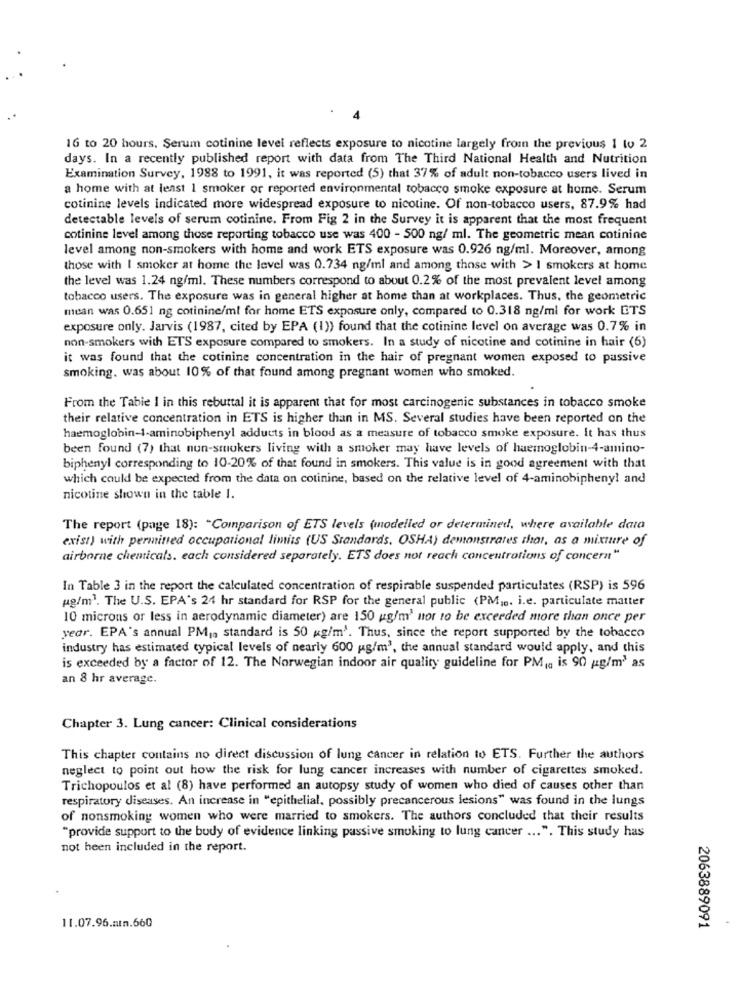
16 to 20 hours, Serum cotinine level reflects exposure to nicotine largely from the previous 1 to 2
days. In a recently published report with data from The Third National Health and Nutrition
Examination Survey, 1988 to 1991, it was reported (5) that 37% of adult non-tobacco users lived in
a home with at least 1 smoker or reported environmental tobacco smoke exposure at home. Serum
cotinine levels indicated more widespread exposure to nicotine. Of non-tobacco users, 87.9% had
detectable levels of serum cotinine. From Fig 2 in the Survey it is apparent that the most frequent
cotinine level among those reporting tobacco use was 400 - 500 ng/ ml. The geometric mean cotinine
level among non-smokers with home and work ETS exposure was 0.926 ng/ml. Moreover, among
those with I smoker at home the level was 0.734 ng/ml and among those with > I smokers at home
the level was 1.24 ng/ml. These numbers correspond to about 0.2% of the most prevalent level among
tobacco users. The exposure was in general higher at home than at workplaces. Thus, the geometric
mean was 0.651 ng cotinine/ml for home ETS exposure only, compared to 0.318 ng/ml for work ETS
exposure only. Jarvis (1987, cited by EPA (I)) found that the cotinine level on average was 0.7% in
non-smokers with ETS exposure compared to smokers. In a study of nicotine and cotinine in hair (6)
it was found that the cotinine concentration in the hair of pregnant women exposed to passive
smoking. was about 10% of that found among pregnant women who smoked.
From the Table I in this rebuttal it is apparent that for most carcinogenic substances in tobacco smoke
their relative concentration in ETS is higher than in MS. Several studies have been reported on the
haemoglobin-1-aminobiphenyl adducts in blood as a measure of tobacco smoke exposure. It has thus
been found (7) that nun-smokers living with a smoker may have levels of haemoglobin-4-amino-
biphenyl corresponding to 10-20% of that found in smokers. This value is in good agreement with that
which could be expected from the data on cotinine, based on the relative level of 4-aminobipheny! and
nicotine shown in the table I.
The report (page 18): "Comparison of ETS levels (modelled or determined, where available data
exist) with permitted occupational limits (US Standards, OSHA) demonstrates that, as a mixture of
airborne chemicals. each considered separately. ETS does not reach concentrations of concern"
In Table 3 in the report the calculated concentration of respirable suspended particulates (RSP) is 596
ug/m3. The U.S. EPA's 24 hr standard for RSP for the general public (PM ,.. i.e. particulate matter
10 microns or less in aerodynamic diameter) are 150 ug/m' nor 10 be exceeded more than once per
year. EPA's annual PM1. standard is 50 kg/m'. Thus, since the report supported by the tobacco
industry has estimated typical levels of nearly 600 g/m3, the annual standard would apply, and this
is exceeded by a factor of 12. The Norwegian indoor air quality guideline for PM (q is 90 g/m' as
an 8 hr average.
Chapter 3. Lung cancer: Clinical considerations
This chapter contains no direct discussion of lung cancer in relation to ETS. Further the authors
neglect to point out how the risk for lung cancer increases with number of cigarettes smoked.
Trichopoulos et al (8) have performed an autopsy study of women who died of causes other than
respiratory diseases. An increase in "epithelial, possibly precancerous lesions" was found in the lungs
of nonsmoking women who were married to smokers. The authors concluded that their results
"provide support to the body of evidence linking passive smoking to lung cancer ... ". This study has
not been included in the report.
11.07.96.atm.660
2063889091